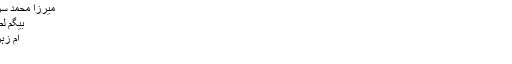
سراج الدولہ - وکیپیڈیا
نواب سراج الدولہ سراج الدولہ دور حکومت:1756ء توں 1757ء پورا ناں
میرزا محمد سراج الدولہ
بیگم لطف النساء
ام زہراء (پہلا)
ہیرا جھیل
2 جولائی 1757ء
مرزا محمد سراج الدولہ المعروف نواب سراج الدولہ [1733ء تا 2 جولائی 1757ء] بنگال بہار تے اڑیسہ دے آخری صحیح معنیاں چ آزاد حکمران سن ۔